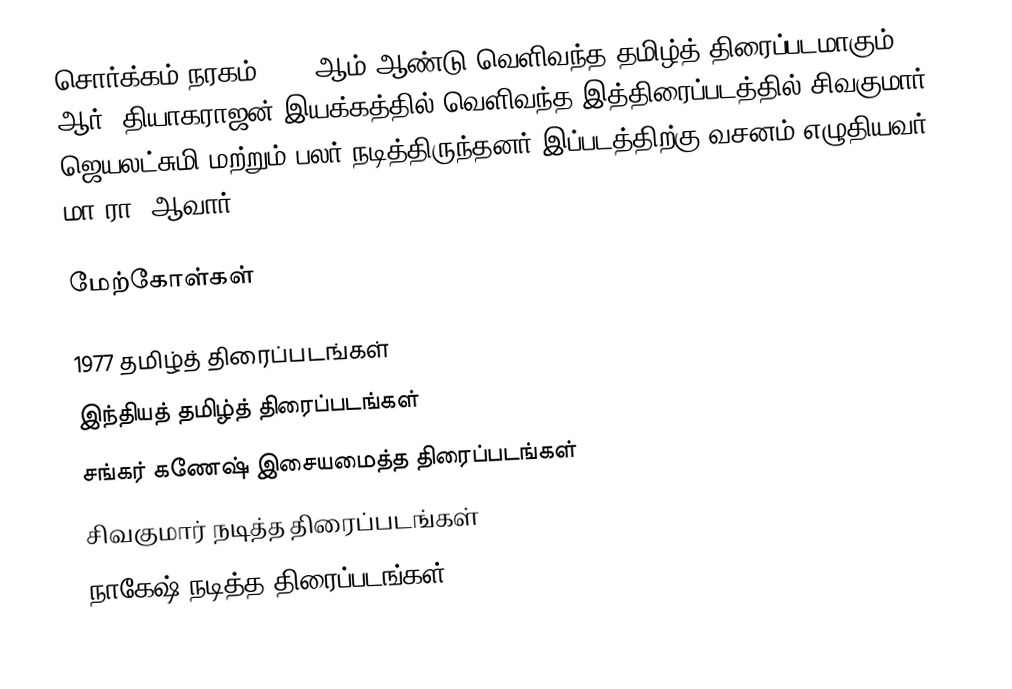
சொர்க்கம் நரகம் 1977 ஆம் ஆண்டு வெளிவந்த தமிழ்த் திரைப்படமாகும். ஆர். தியாகராஜன் இயக்கத்தில் வெளிவந்த இத்திரைப்படத்தில் சிவகுமார், ஜெயலட்சுமி மற்றும் பலர் நடித்திருந்தனர்.இப்படத்திற்கு வசனம் எழுதியவர் மா.ரா. ஆவார்

மேற்கோள்கள்

1977 தமிழ்த் திரைப்படங்கள்
இந்தியத் தமிழ்த் திரைப்படங்கள்
சங்கர் கணேஷ் இசையமைத்த திரைப்படங்கள்
சிவகுமார் நடித்த திரைப்படங்கள்
நாகேஷ் நடித்த திரைப்படங்கள்